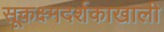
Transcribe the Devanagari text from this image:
सूकक्ष्मदर्शकाखाली